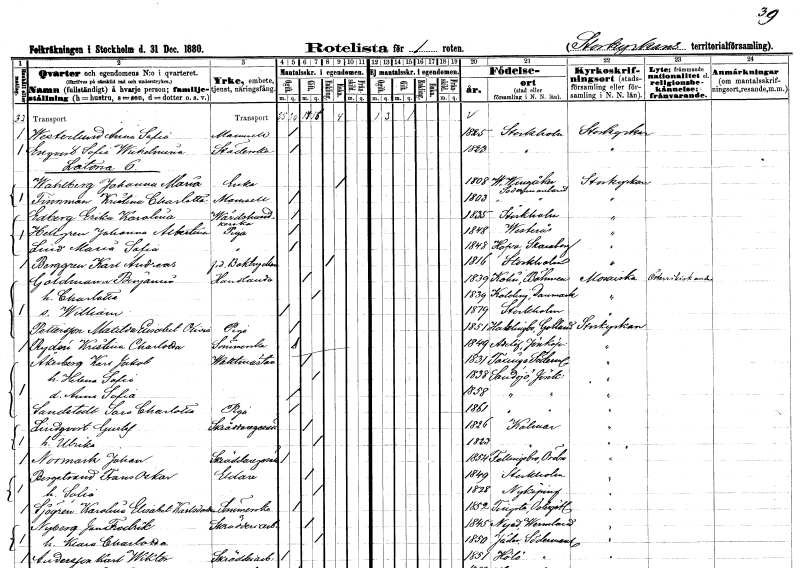
gt_parse: households: individuals: FN: Anna Sofia
EN: Westerlund
KON: K
CIV: O
FODAR: 1825
FODFORS: Stockholm
FN: Sofia Wilhelmina
EN: Enqvist
YRKE: Städerska
KON: K
CIV: O
FODAR: 1823
FODFORS: Stockholm
FN: Johanna Maria
EN: Wahlberg
YRKE: Änka
KON: K
CIV: E
FODAR: 1808
FODFORS: Västra Vingåker Södermanlands län
FN: Kristina Charlotta
EN: Finnman
KON: K
CIV: O
FODAR: 1803
FODFORS: Västra Vingåker Södermanlands län
FN: Erika Karolina
EN: Edberg
YRKE: Värdshusidkerska
KON: K
CIV: O
FODAR: 1835
FODFORS: Stockholm
FN: Johanna Albertina
EN: Hellgren
YRKE: Piga
KON: K
CIV: O
FODAR: 1848
FODFORS: Västerås Västmanlands län
FN: Maria Sofia
EN: Lind
YRKE: Piga
KON: K
CIV: O
FODAR: 1848
FODFORS: Hova Skaraborgs län
FN: Karl Andreas
EN: berggren
YRKE: Boktryckare f.d.
KON: M
CIV: O
FODAR: 1816
FODFORS: Stockholm
FN: Benjamin
EN: Goldmann
YRKE: Handlande
KON: M
CIV: G
FODAR: 1839
FN: Charlotta
KON: K
CIV: G
FODAR: 1839
FN: William
KON: M
CIV: O
FODAR: 1879
FODFORS: Stockholm
FN: Matilda Elisabet Olivia
EN: Pettersson
YRKE: Piga
KON: K
CIV: O
FODAR: 1851
FODFORS: Hablingbo Gotlands län
FN: Kristina Charlotta
EN: Rydén
YRKE: Sömmerska
KON: K
CIV: O
FODAR: 1849
FODFORS: Adelöv Jönköpings län
FN: Karl Jakob
EN: Åkerberg
YRKE: Vaktmästare
KON: M
CIV: G
FODAR: 1831
FODFORS: Taxinge Stockholms län
FN: Helena Sofia
KON: K
CIV: G
FODAR: 1838
FODFORS: Sandsjö Jönköpings län
FN: Anna Sofia
KON: K
CIV: O
FODAR: 1858
FODFORS: Sandsjö Jönköpings län
FN: Sara Charlotta
EN: Sandstedt
YRKE: Piga
KON: K
CIV: O
FODAR: 1861
FODFORS: Sandsjö Jönköpings län
FN: Gustaf
EN: Lindqvist
YRKE: Skräddaregesäll
KON: M
CIV: G
FODAR: 1826
FODFORS: Kalmar Kalmar län
FN: Ulrika
KON: K
CIV: G
FODAR: 1823
FODFORS: Kalmar Kalmar län
FN: Johan
EN: Normark
YRKE: Skräddaregesäll
KON: M
CIV: O
FODAR: 1854
FODFORS: Fellingsbro Örebro län
FN: Frans Oskar
EN: Bergstrand
YRKE: Eldare
KON: M
CIV: G
FODAR: 1849
FODFORS: Stockholm
FN: Sofia
KON: K
CIV: G
FODAR: 1828
FODFORS: Nyköping Södermanlands län
FN: Karolina Elisabet
EN: Sjögren Karlsdotter
YRKE: Sömmerska
KON: K
CIV: O
FODAR: 1852
FODFORS: Tingstad Östergötlands län